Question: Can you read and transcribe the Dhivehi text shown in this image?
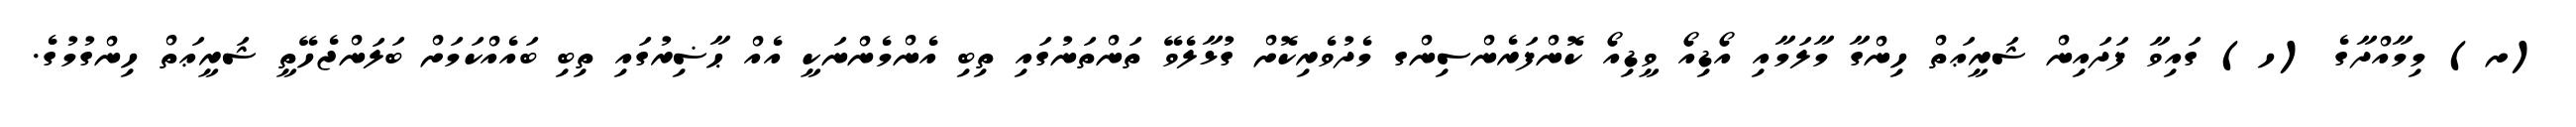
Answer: (ށ) މިމާއްދާގެ (ހ) ގައިވާ ފަދައިން ޝަރީޢަތް ހިންގާ މާލަމާއި އޯޑިއޯ ވީޑިއޯ ކޮންފަރެންސިންގ މެދުވެރިކޮށް ގުޅާލެވޭ ތަންތަނުގައި ތިބި އެންމެންނަކީ އެއް ޙާޟިރުގައި ތިބި ބައެއްކަމަށް ބަލަންޖެހޭތީ ޝަރީޢަތް ހިންގުމުގެ.